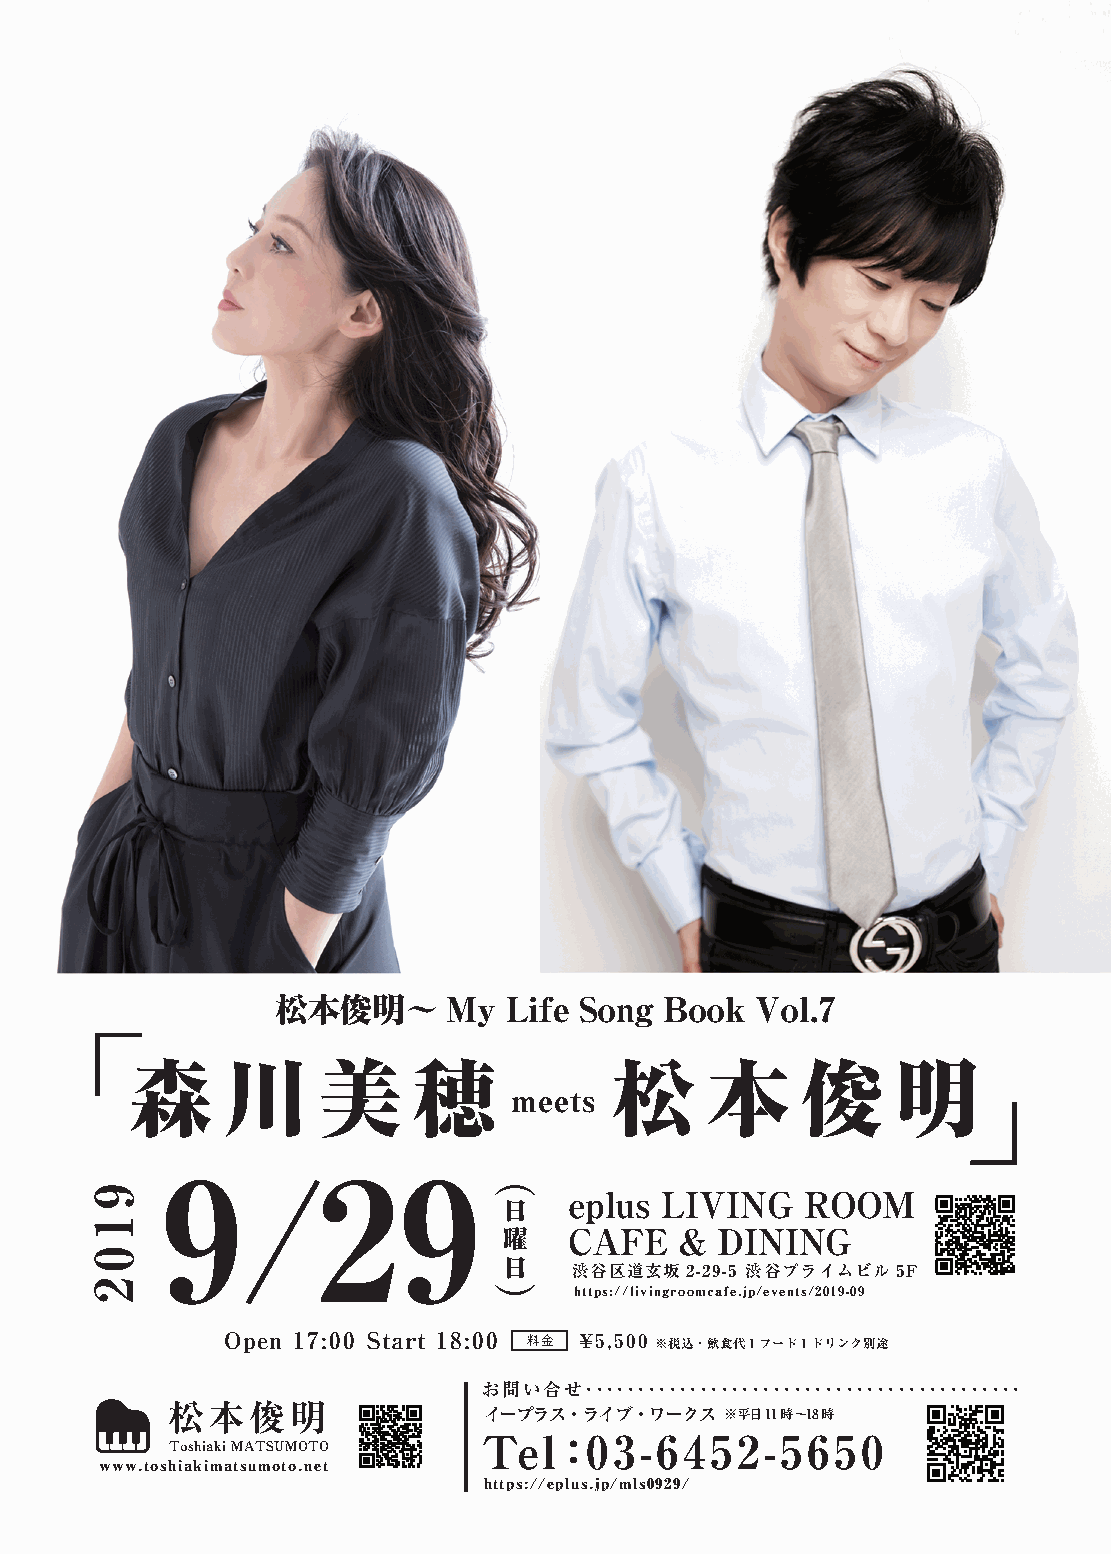
松本俊明〜       My  Life Song Book  Vol.7
 森     川     美     穂            松      本     俊     明
 meets
 9/29
 eplus LIVING   ROOM
 日
 曜    CAFE   & DINING
 日
 渋谷区道玄坂2-29-5 渋谷プライムビル5F
 https://livingroomcafe.jp/events/2019-09
 Open 17:00 Start 18:00 料金 ¥ 5,500 ※税込・飲食代1フード1ドリンク別途
 お問い合せ･･････････････････････････････････････････
 松本俊明                 イープラス・ライブ・ワークス  ※平日11時〜18時
 Toshiaki MATSUMOTO   Tel：03-6452-5650
 www.toshiakimatsumoto.net
 https://eplus.jp/mls0929/
 9102
 （
 ）